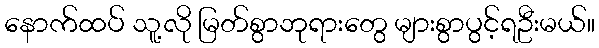
နောက်ထပ် သူ့လို မြတ်စွာဘုရားတွေ များစွာပွင့်ရဦးမယ်။